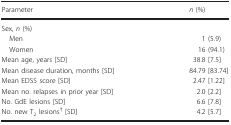
<table><thead><tr><td><b>Parameter</b></td><td><b><i>n</i> (%)</b></td></tr></thead><tbody><tr><td>Sex, <i>n</i> (%)</td><td></td></tr><tr><td>Men</td><td>1 (5.9)</td></tr><tr><td>Women</td><td>16 (94.1)</td></tr><tr><td>Mean age, years [SD]</td><td>38.8 [7.5]</td></tr><tr><td>Mean disease duration, months [SD]</td><td>84.79 [83.74]</td></tr><tr><td>Mean EDSS score [SD]</td><td>2.47 [1.22]</td></tr><tr><td>Mean no. relapses in prior year [SD]</td><td>2.0 [2.2]</td></tr><tr><td>No. GdE lesions [SD]</td><td>6.6 [7.8]</td></tr><tr><td>No. new T<sub>2</sub> lesionsa [SD]</td><td>4.2 [5.7]</td></tr></tbody></table>